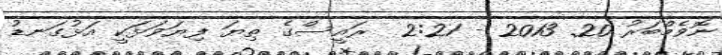
ނޮވެމްބަރު 20